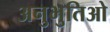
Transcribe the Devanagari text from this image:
अनुभुतिओ